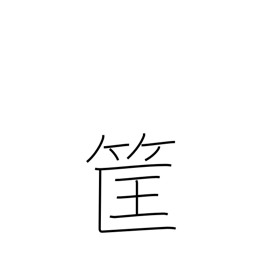
Meaning: bamboo basket